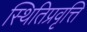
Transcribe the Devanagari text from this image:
स्थितिप्रवृत्ति